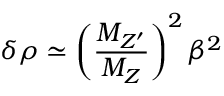
\delta \rho \simeq \left( \frac { M _ { Z ^ { \prime } } } { M _ { Z } } \right) ^ { 2 } \beta ^ { 2 }